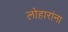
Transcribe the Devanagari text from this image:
लोहारांना